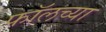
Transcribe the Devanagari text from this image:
फॉलच्या